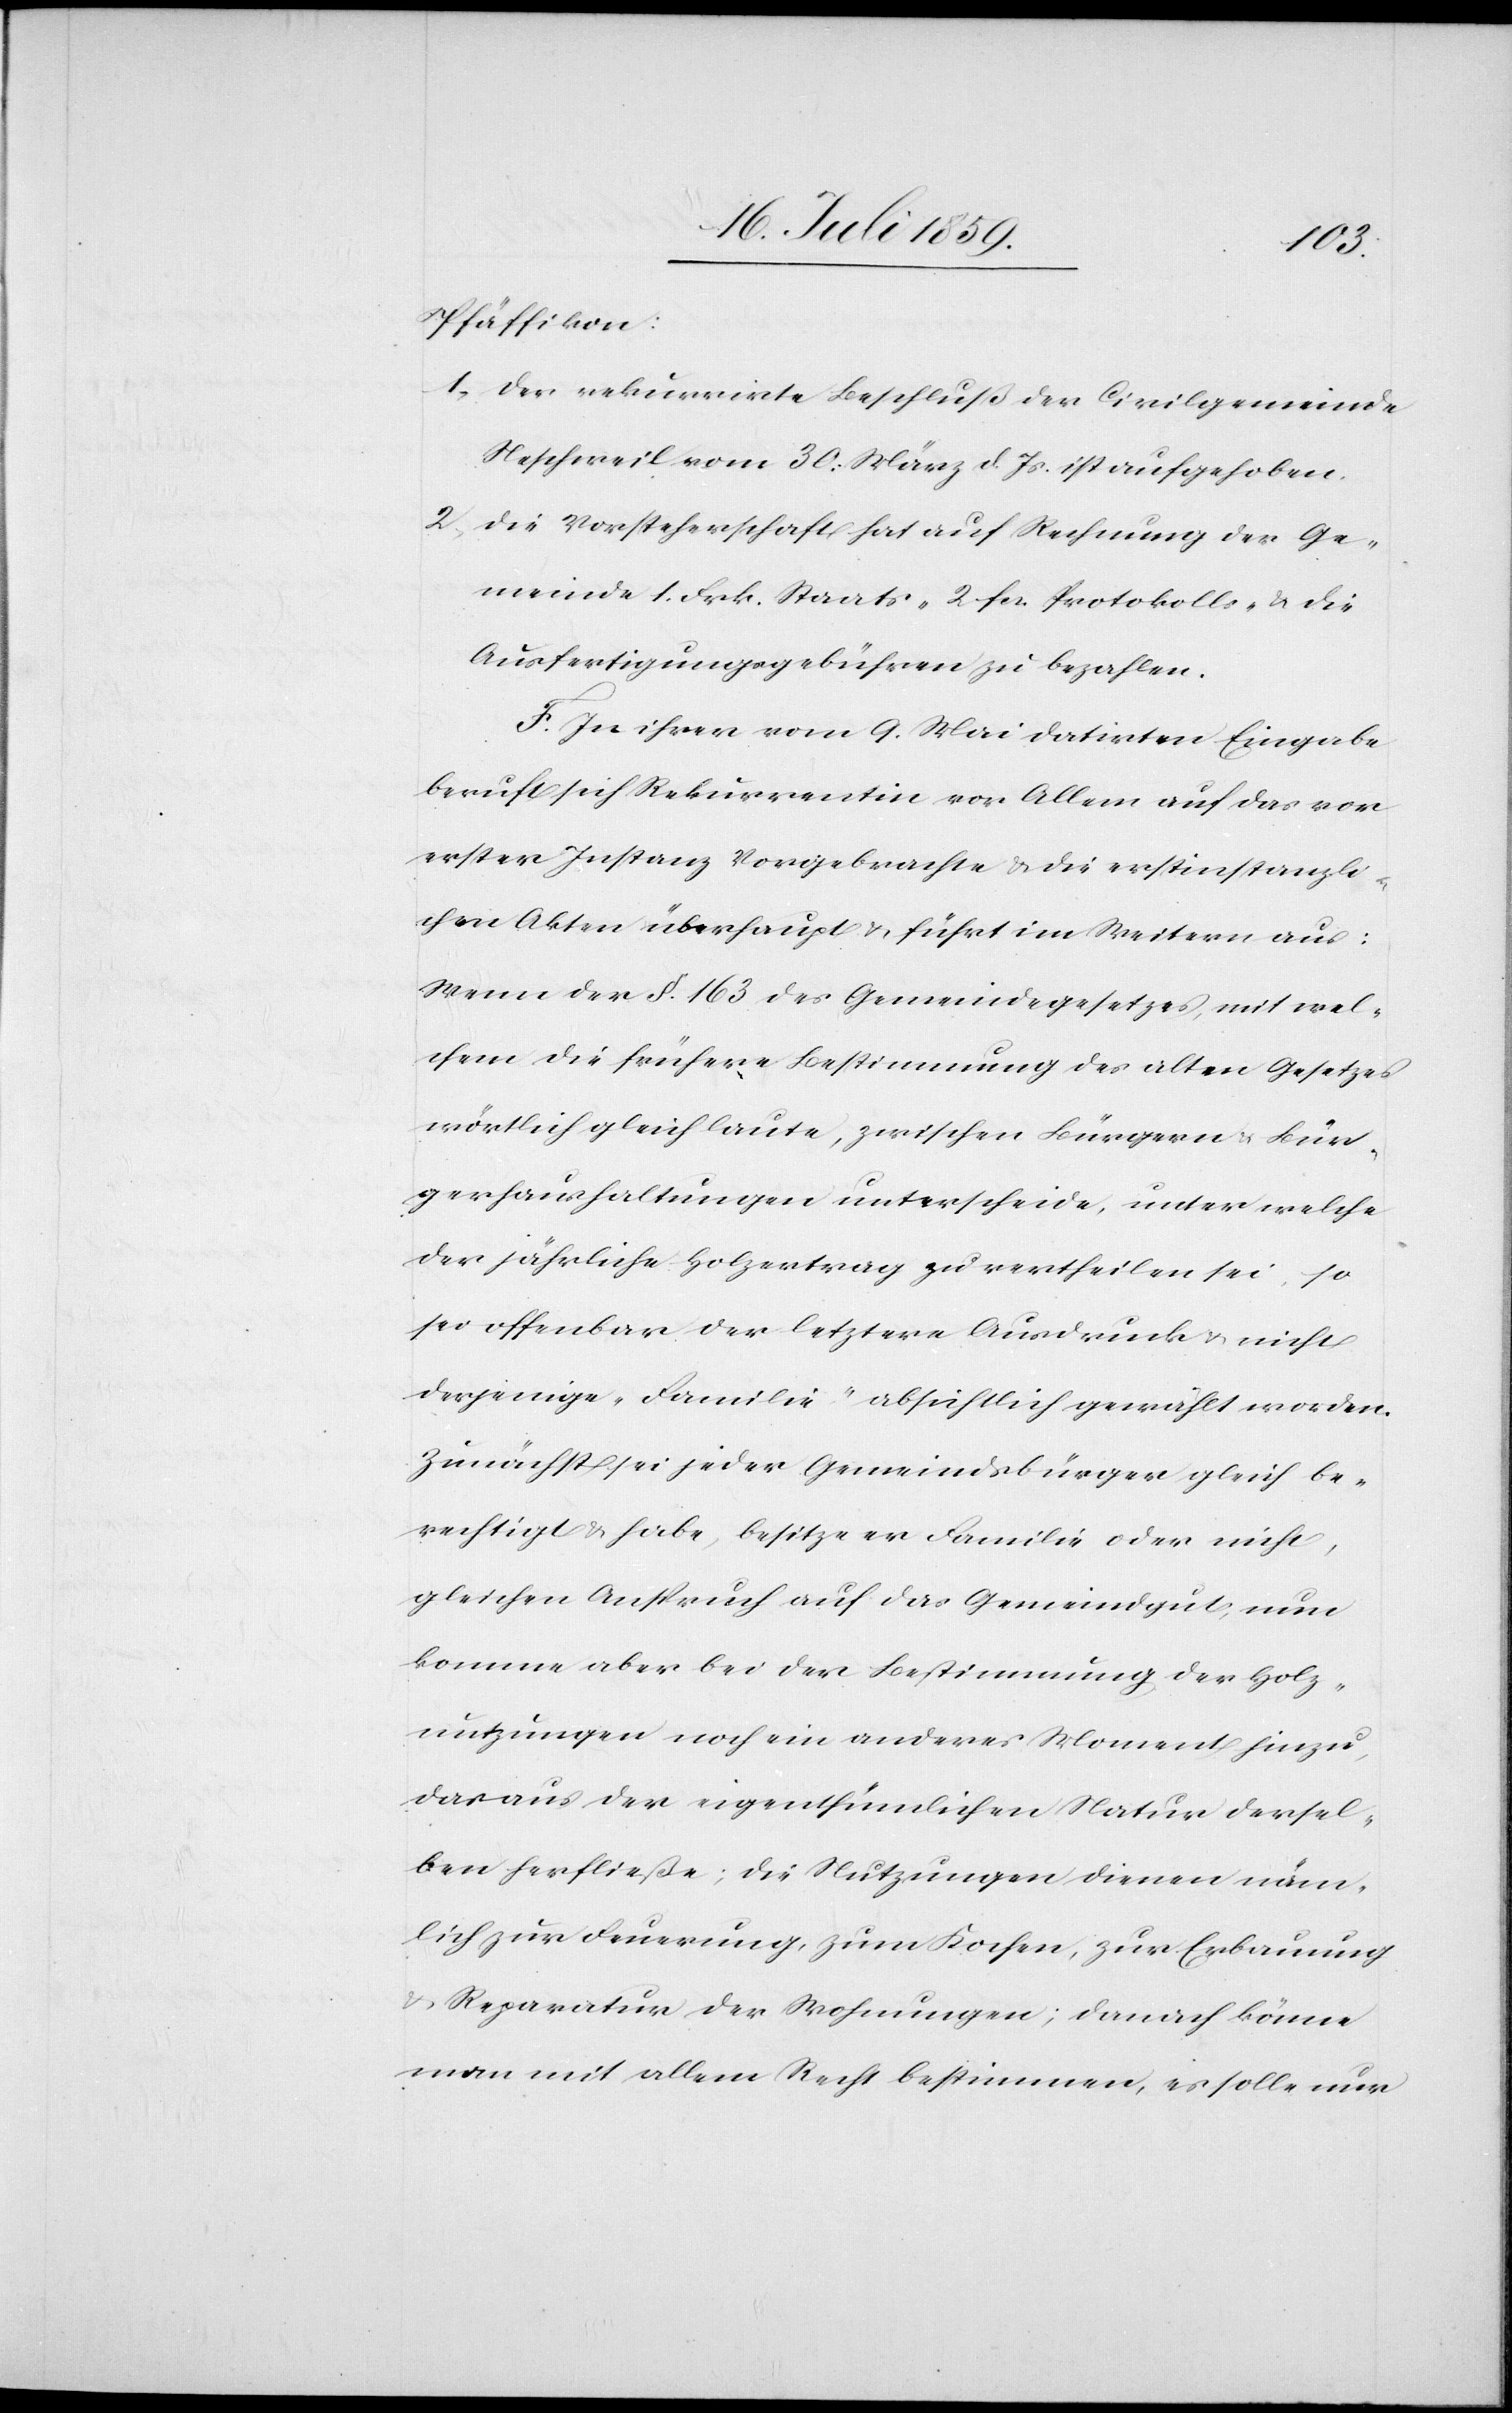
Pfäffikon:
1. Der rekurrirte Beschluß der Civilgemeinde
Neschweil vom 30. März d. Js. ist aufgehoben.
2. Die Vorsteherschaft hat auf Rechnung der Ge¬
meinde 1. Frk. Staats- 2. fcs. Protokolls- u. die
Ausfertigungsgebühren zu bezahlen.
F. In ihrer vom 9. Mai datirten Eingabe
beruft sich Rekurrentin vor Allem auf das vor
erster Instanz Vorgebrachte u. die erstinstanzli¬
chen Akten überhaupt u. führt im Weitern aus:
Wenn der § 163. des Gemeindegesetzes, mit wel¬
chem die frühere Bestimmung des alten Gesetzes
wörtlich gleich laute, zwischen Bürgern u. Bür¬
gerhaushaltungen unterscheide, unter welche
der jährliche Holzertrag zu vertheilen sei, so
sei offenbar der letztere Ausdruck u. nicht
derjenige „Familie“ absichtlich gewählt worden.
Zunächst sei jeder Gemeindsbürger gleich be¬
rechtigt u. habe, besitze er Familie oder nicht,
gleichen Anspruch auf das Gemeindgut, nun
komme aber bei der Bestimmung der Holz¬
nutzungen noch ein anderes Moment hinzu,
daraus der eigenthümlichen Natur dersel¬
ben herfließe; die Nutzungen dienen näm¬
lich zur Feuerung, zum Kochen, zur Erbauung
u. Reparatur der Wohnungen; danach könne
man mit allem Recht bestimmen, es solle nur